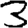
Digit: 3